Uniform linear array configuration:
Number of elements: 16
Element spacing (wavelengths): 1
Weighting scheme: hann
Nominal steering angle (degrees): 0
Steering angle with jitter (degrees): -0.03089
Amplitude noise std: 0.05
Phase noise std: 0.05

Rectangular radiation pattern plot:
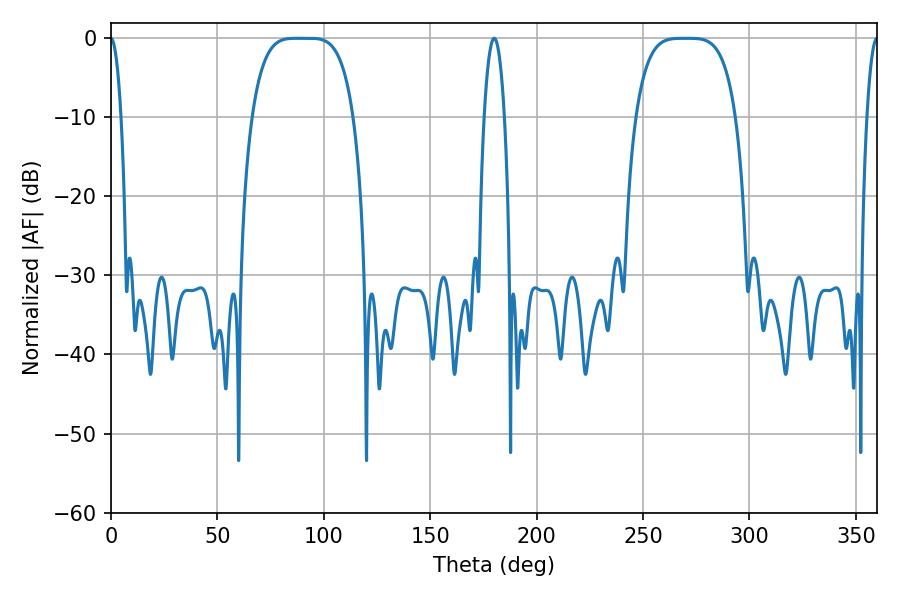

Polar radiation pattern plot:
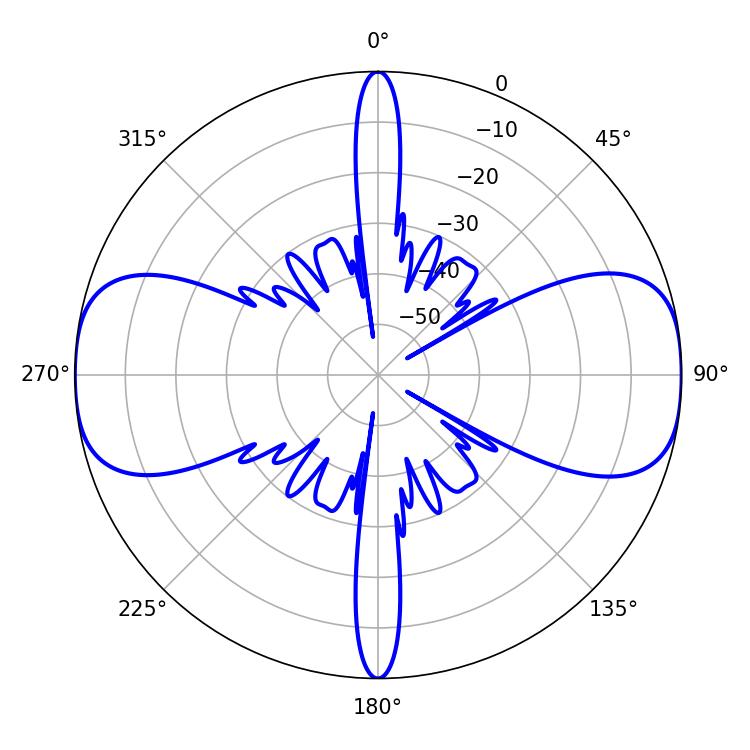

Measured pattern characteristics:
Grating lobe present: TRUE
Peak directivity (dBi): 21.286
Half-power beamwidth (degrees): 35.64
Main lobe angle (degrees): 87.48